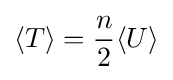
\langle T\rangle ={\frac {n}{2}}\langle U\rangle